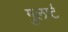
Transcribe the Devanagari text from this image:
गुलार्ट